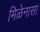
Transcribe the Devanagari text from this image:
मिळेनासा